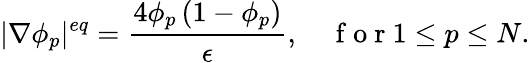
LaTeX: |\nabla\phi_{p}|^{eq}=\frac{4\phi_{p}\left(1-\phi_{p}\right)}{\epsilon},\quad\mathrm{~f~o~r~}1\leq p\leq N.